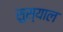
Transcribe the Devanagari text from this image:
सुस्याल